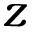
z